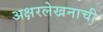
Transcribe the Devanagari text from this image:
अक्षरलेखनाची